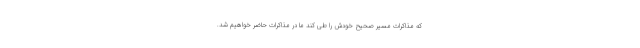
که مذاکرات مسیر صحیح خودش را طی کند ما در مذاکرات حاضر خواهیم شد.